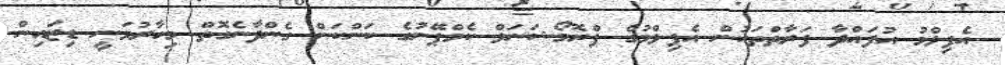
އެފިލްމު އުފައްދާ ފަރާތްތަކުން އެފިލްމުގެ ޕްރޮމޯޝަނަލް ކެމްޕޭނުގެ ކަންކަން ގެންދާނެގޮތް މިހާރުވަނީ ޑިޒައިން